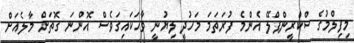
މިފިލްމުގެ ސްކްރީންޕްލޭ އެންމެ ފުރަތަމަ މަހުދީ ލިޔުނީ ވާހަކައިގަވެސް އޮންނަ ގޮތަށް މާލެއަށް